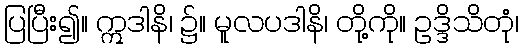
ပြပြီး၍။ ဣဒါနိ၊ ၌။ မူလပဒါနိ၊ တို့ကို။ ဥဒ္ဒိသိတုံ၊